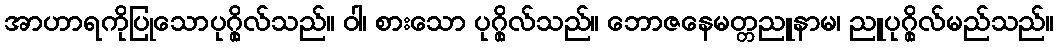
အာဟာရကိုပြုသောပုဂ္ဂိုလ်သည်။ ဝါ၊ စားသော ပုဂ္ဂိုလ်သည်။ ဘောဇနေမတ္တညူနာမ၊ ညူပုဂ္ဂိုလ်မည်သည်။